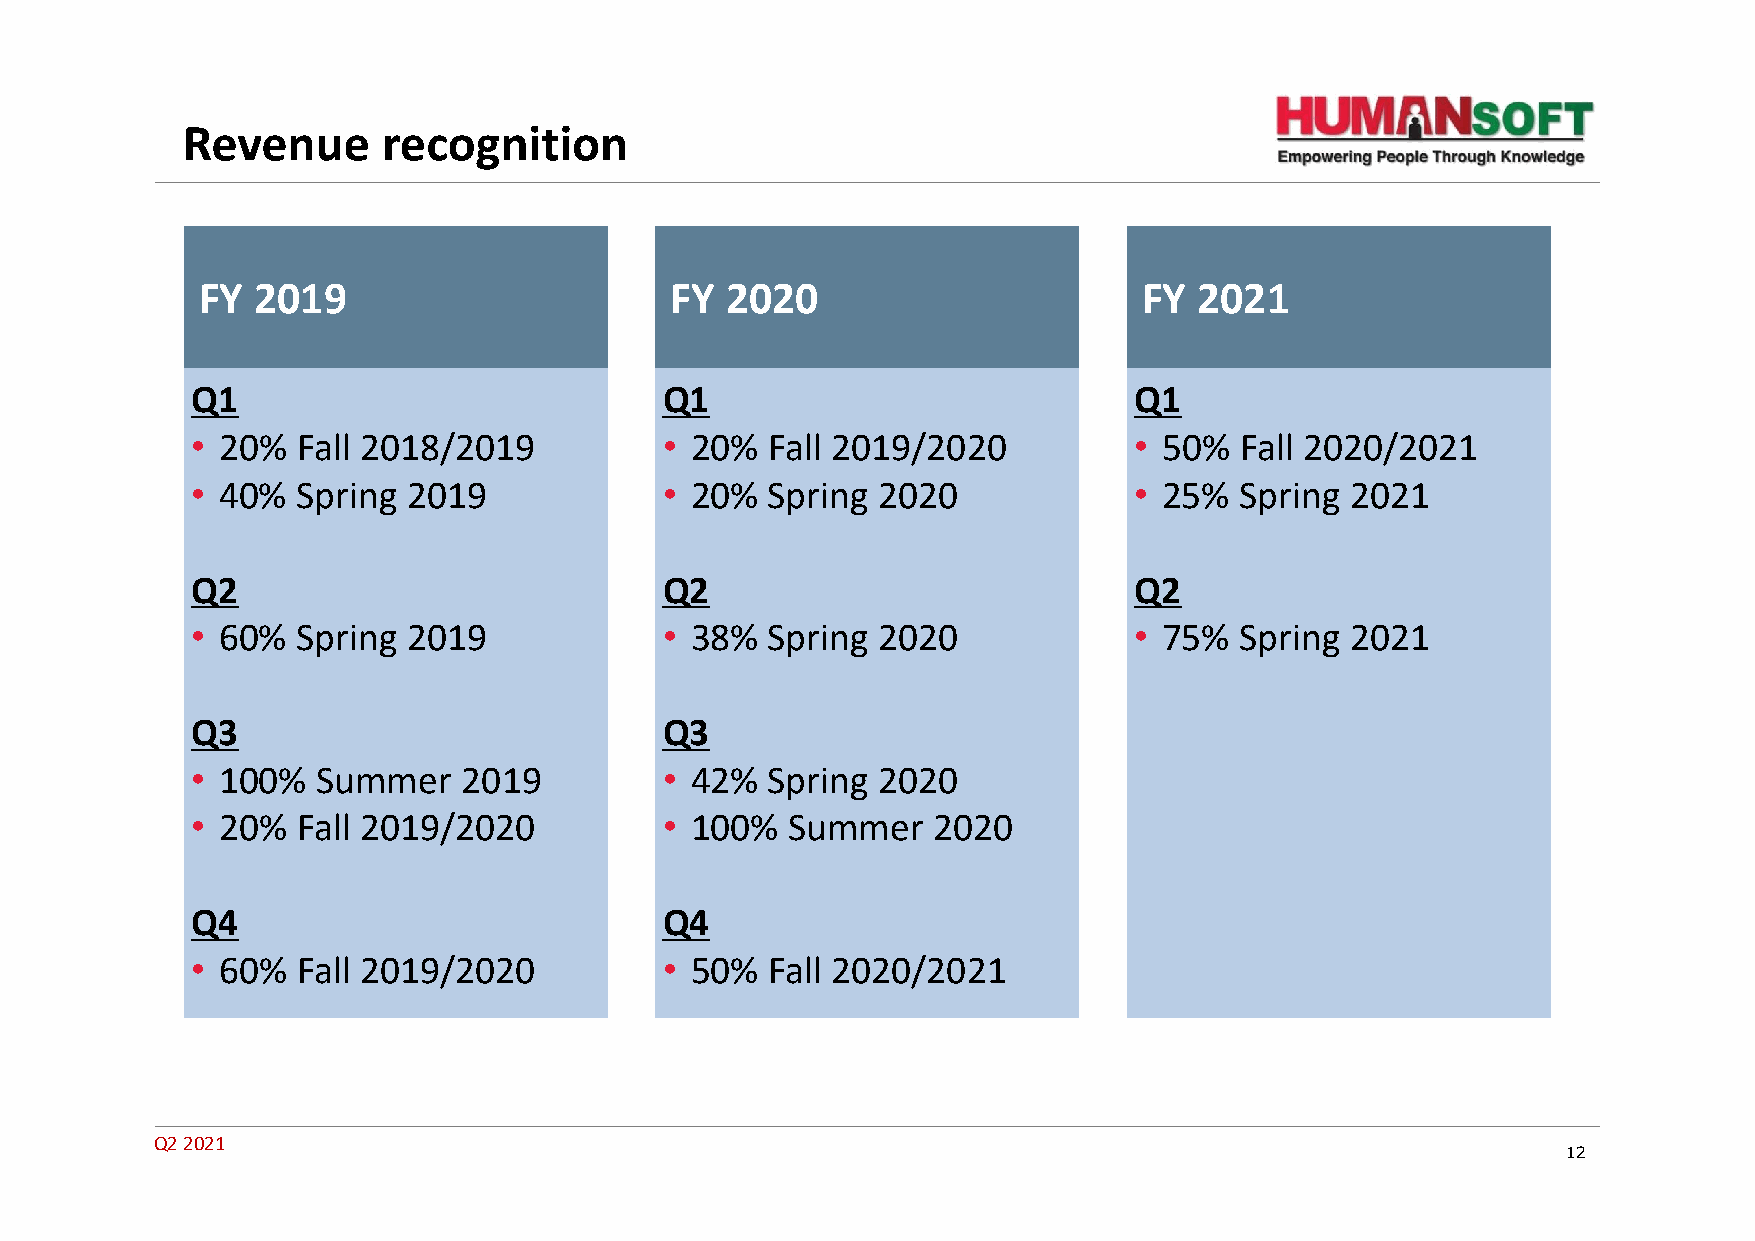
Revenue      recognition
 FY  2019                       FY  2020                        FY 2021
 Q1                             Q1                             Q1
 • 20%  Fall 2018/2019          • 20%  Fall 2019/2020          • 50%  Fall 2020/2021
 • 40%  Spring 2019             • 20%  Spring 2020             • 25%  Spring 2021
 Q2                             Q2                             Q2
 • 60%  Spring 2019             • 38%  Spring 2020             • 75%  Spring 2021
 Q3                             Q3
 • 100%  Summer    2019         • 42%  Spring 2020
 • 20%  Fall 2019/2020          • 100%  Summer    2020
 Q4                             Q4
 • 60%  Fall 2019/2020          • 50%  Fall 2020/2021
 Q2 2021
 12